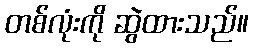
တစ်လုံးကို ဆွဲထားသည်။